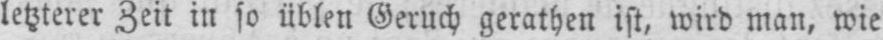
letzterer Zeit in so üblen Geruch gerathen ist, wird man, wie